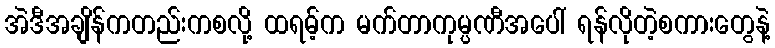
အဲဒီအချိန်ကတည်းကစလို့ ထရမ့်က မက်တာကုမ္ပဏီအပေါ် ရန်လိုတဲ့စကားတွေနဲ့